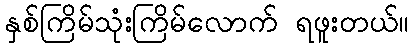
နှစ်ကြိမ်သုံးကြိမ်လောက် ရဖူးတယ်။